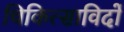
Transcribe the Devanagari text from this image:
चिकित्साविदों